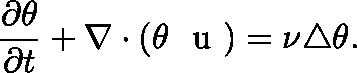
\frac { \partial \theta } { \partial t } + \nabla \cdot ( \theta \mathrm { ~ \boldmath ~ u ~ } ) = \nu \triangle \theta .